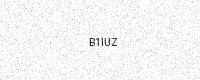
Text: B1IUZ